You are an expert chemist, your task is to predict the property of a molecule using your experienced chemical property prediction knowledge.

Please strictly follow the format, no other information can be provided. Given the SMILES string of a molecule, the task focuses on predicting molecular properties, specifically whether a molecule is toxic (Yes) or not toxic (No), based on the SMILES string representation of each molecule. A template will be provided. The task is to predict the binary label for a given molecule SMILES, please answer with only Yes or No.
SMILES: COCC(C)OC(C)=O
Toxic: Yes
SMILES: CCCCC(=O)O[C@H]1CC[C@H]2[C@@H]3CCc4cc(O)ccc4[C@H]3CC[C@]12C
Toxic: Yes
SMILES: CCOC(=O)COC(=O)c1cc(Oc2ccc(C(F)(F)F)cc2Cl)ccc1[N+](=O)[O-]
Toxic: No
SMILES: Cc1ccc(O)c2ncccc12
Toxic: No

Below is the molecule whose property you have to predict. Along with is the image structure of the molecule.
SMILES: Nc1nc(N)nc(N)n1
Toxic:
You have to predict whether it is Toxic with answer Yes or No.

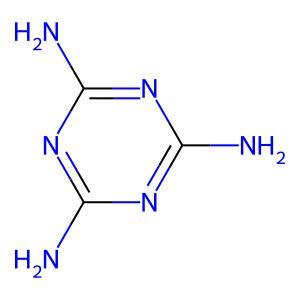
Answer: No